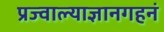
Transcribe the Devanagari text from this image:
प्रज्वाल्याज्ञानगहनं